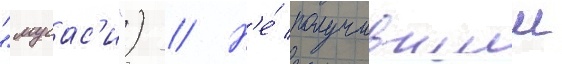
"мусас'и") // Н'е́ получившии